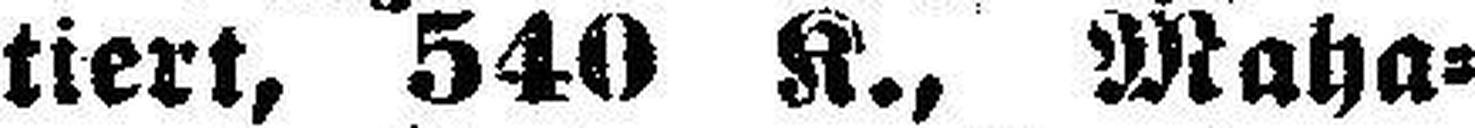
tiert, 540 K., Maha¬